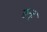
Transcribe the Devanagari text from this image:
तन्ह